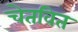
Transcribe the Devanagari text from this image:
चेतवित